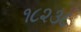
૧૮૨૩૮